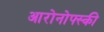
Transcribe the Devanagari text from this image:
आरोनोफ्स्की